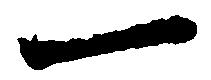
一